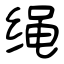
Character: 绳